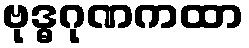
ဗုဒ္ဓဂုဏကထာ